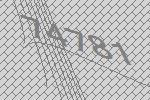
74781